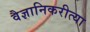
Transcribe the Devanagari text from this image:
वैज्ञानिकरीत्या